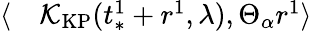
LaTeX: \begin{array}{rl}{\langle}&{{}\mathcal{K}_{\mathrm{KP}}(t_{*}^{1}+r^{1},\lambda),\Theta_{\alpha}r^{1}\rangle}\end{array}